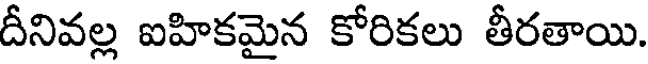
దీనివల్ల ఐహికమైన కోరికలు తీరతాయి.